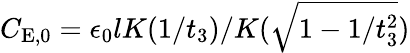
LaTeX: C_{\mathrm{E},0}=\epsilon_{0}lK(1/t_{3})/K(\sqrt{1-1/t_{3}^{2}})